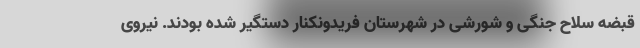
قبضه سلاح جنگی و شورشی در شهرستان فریدونکنار دستگیر شده بودند. نیروی